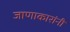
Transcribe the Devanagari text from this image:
जाणाकारांनी